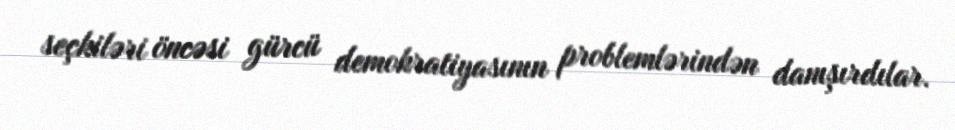
seçkiləri öncəsi gürcü demokratiyasının problemlərindən danışırdılar.